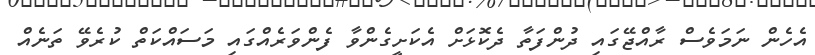
އެހެން ނަމަވެސް ރާއްޖޭގައި ދުންފަތާ ދެކޮޅަށް އެކަށީގެންވާ ފެންވަރެއްގައި މަސައްކަތް ކުރެވޭ ތަނެއް